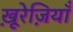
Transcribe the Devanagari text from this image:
खू़रेज़ियाँ